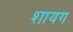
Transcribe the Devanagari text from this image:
शायग